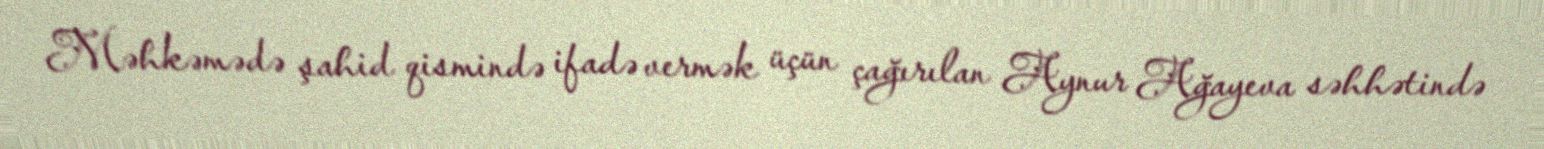
Məhkəmədə şahid qismində ifadə vermək üçün çağırılan Aynur Ağayeva səhhətində